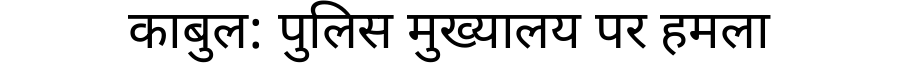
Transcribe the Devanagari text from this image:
काबुल: पुलिस मुख्यालय पर हमला